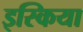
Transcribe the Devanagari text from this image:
इस्किया